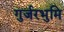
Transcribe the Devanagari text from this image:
गुर्जरभुमि